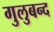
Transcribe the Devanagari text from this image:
गुलुबन्द